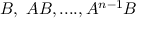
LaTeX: B , \ A B , . . . . , A ^ { n - 1 } B